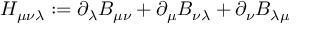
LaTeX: H _ { \mu \nu \lambda } : = \partial _ { \lambda } B _ { \mu \nu } + \partial _ { \mu } B _ { \nu \lambda } + \partial _ { \nu } B _ { \lambda \mu }